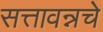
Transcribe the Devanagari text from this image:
सत्तावन्नचे